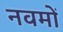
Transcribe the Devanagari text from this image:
नवमों